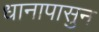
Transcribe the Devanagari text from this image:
धानापासुन